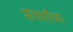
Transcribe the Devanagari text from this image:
संघर्षांच्या